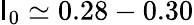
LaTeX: \mathsf{I}_{0}\simeq0.28-0.30